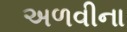
અળવીના